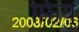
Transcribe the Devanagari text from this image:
फ़ियु